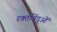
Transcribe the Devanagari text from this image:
रक्तबिंदुओं